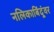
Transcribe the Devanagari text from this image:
नलिकाबिंदूंवर